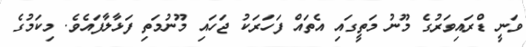
ވަނީ ޑްރައިވަރުގެ މޫނު މަތީގައި އެތައް ފަހަރަކު ޖަހައި މޫނުމަތި ފަޅާލާފައެވެ. މިކަމުގެ